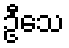
ဦသေ